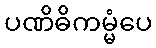
ပဏိဓိကမ္မံပေ